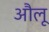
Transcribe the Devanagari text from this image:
औलू